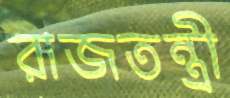
রাজতন্ত্রী